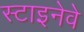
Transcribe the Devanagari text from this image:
स्टाइनेवे